Document type: Sale
Year: 1435
Scribe: Pere Soler
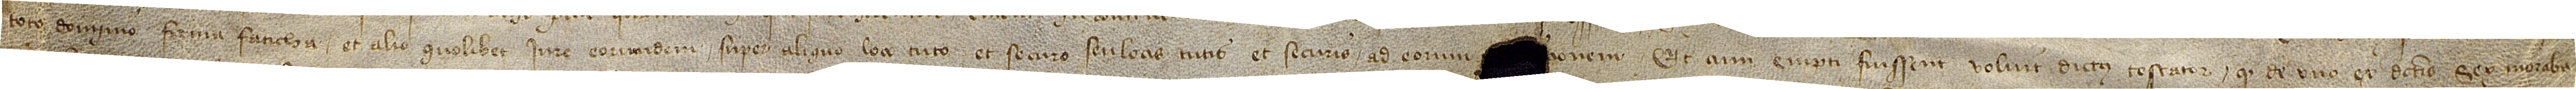
/ toto dominio, firma, faticha et alio quolibet iure eorumdem super aliquo loci tuto et securo seu locis totis et securis, ad eorum [cognic]ionem; et cum empti fuissent voluit dictus testator quod de uno ex dictis sex moraba-